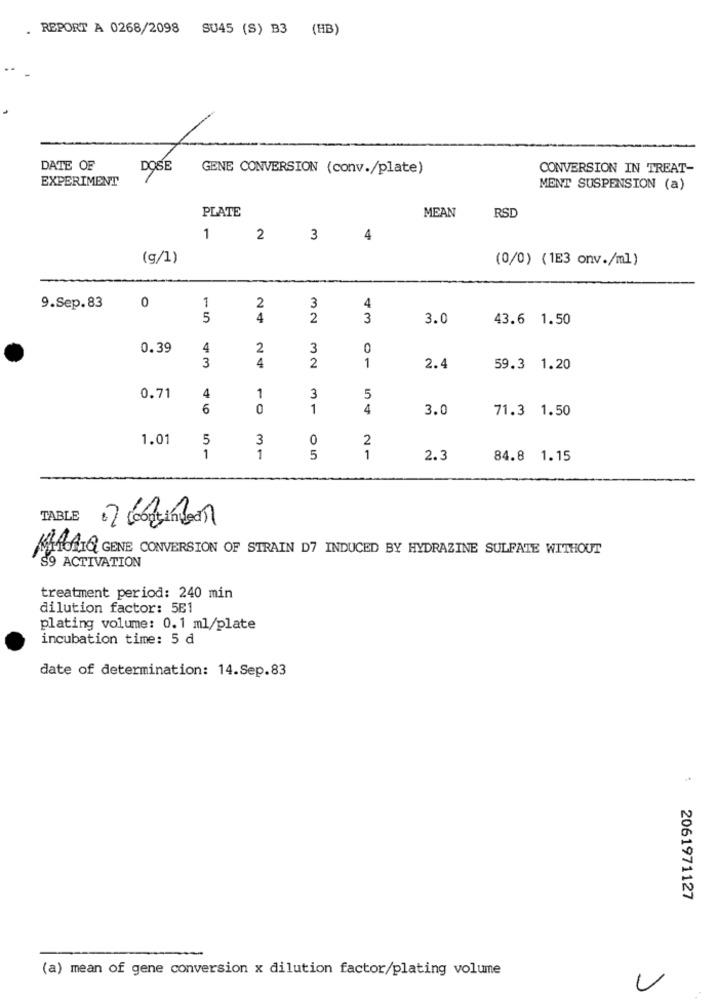
REPORT A 0268/2098 SU45 (S) B3 (HB)
DATE OF
DOSE
GENE CONVERSION (conv./plate)
CONVERSION IN TREAT-
EXPERIMENT
MENT SUSPENSION (a)
PLATE
MEAN
RSD
1
2
3
4
(g/1)
(0/0) (1E3 onv./ml)
0
9.Sep.83
1
2
3
4
5
4
2
3
3.0
43.6 1.50
0.39
4
2
3
0
3
4
2
1
2.4
59.3 1.20
0.71
4
1
3
5
6
0
1
4
3.0
71.3 1.50
1.01
5
3
0
2
1
1
5
1
2.3
84.8 1.15
TABLE
KIHOAIQ GENE CONVERSION OF STRAIN D7 INDUCED BY HYDRAZINE SULFATE WITHOUT
S9 ACTIVATION
treatment period: 240 min
dilution factor: 5E1
plating volume: 0.1 ml/plate
incubation time: 5 d
date of determination: 14.Sep.83
2061971127
(a) mean of gene conversion x dilution factor/plating volume